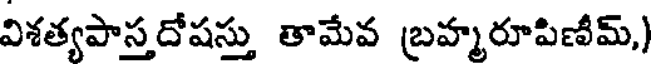
విశత్యపాస్తదోషస్తు తామేవ బ్రహ్మరూపిణీమ్,)